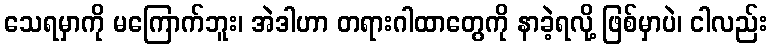
သေရမှာကို မကြောက်ဘူး၊ အဲဒါဟာ တရားဂါထာတွေကို နာခဲ့ရလို့ ဖြစ်မှာပဲ၊ ငါလည်း